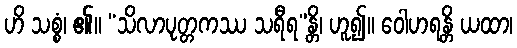
ဟိ သစ္စံ၊ ၏။ “သိလာပုတ္တကဿ သရီရ”န္တိ၊ ဟူ၍။ ဝေါဟရန္တိ ယထာ၊